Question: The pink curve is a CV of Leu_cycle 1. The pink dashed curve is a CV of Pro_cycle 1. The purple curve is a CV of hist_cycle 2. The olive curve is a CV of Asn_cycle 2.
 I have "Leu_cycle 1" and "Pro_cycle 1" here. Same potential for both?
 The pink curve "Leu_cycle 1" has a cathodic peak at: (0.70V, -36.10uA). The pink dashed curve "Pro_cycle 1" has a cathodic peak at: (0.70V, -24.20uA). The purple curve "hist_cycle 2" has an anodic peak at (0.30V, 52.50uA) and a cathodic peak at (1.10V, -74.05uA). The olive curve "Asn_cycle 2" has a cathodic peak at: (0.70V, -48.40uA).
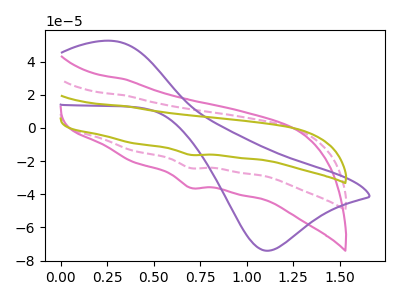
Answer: <think>All the peaks in "Leu_cycle 1" have a peak in "Pro_cycle 1" at the same potential. Every peak in "Leu_cycle 1" is higher than every peak in "Pro_cycle 1".
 </think>
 <answer>"Leu_cycle 1" and "Pro_cycle 1" are similar in shape.</answer>
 <eval>same_shape</eval>